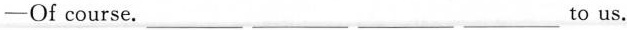
-Of course。___ ___ ___ ___ to us。